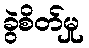
ခွဲစိတ်မှု